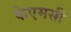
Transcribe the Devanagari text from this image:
केएमसी